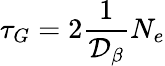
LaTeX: \tau_{G}=2\frac{1}{\mathcal{D_{\beta}}}N_{e}